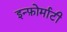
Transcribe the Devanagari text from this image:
इन्फ़ोर्माटी